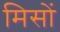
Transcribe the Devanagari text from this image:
मिसों